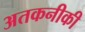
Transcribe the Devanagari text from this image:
अतकनीकी